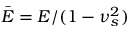
\Bar { E } = E / ( 1 - \nu _ { s } ^ { 2 } )